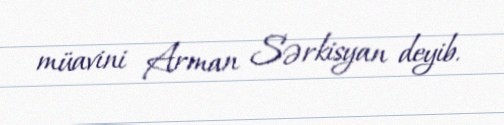
müavini Arman Sərkisyan deyib.